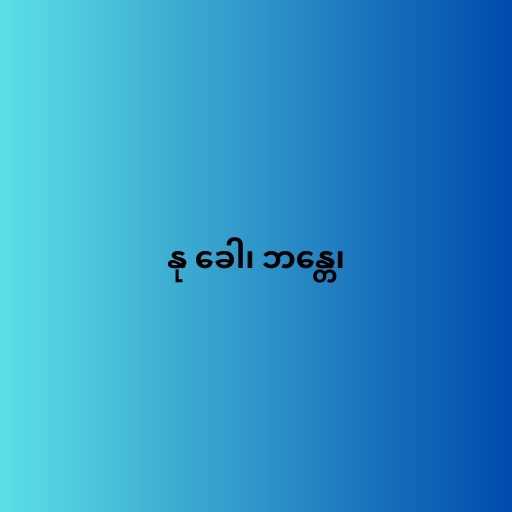
နု ခေါ၊ ဘန္တေ၊